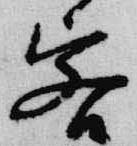
客